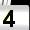
Digit: 4